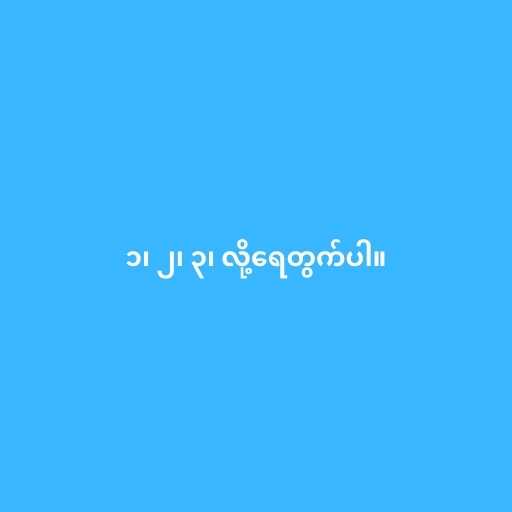
၁၊ ၂၊ ၃၊ လို့ရေတွက်ပါ။